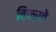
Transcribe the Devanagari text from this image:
बिफरते